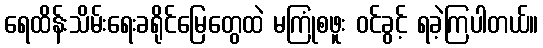
ရေထိန်းသိမ်းရေးခရိုင်မြေတွေထဲ မကြုံစဖူး ဝင်ခွင့် ရခဲ့ကြပါတယ်။